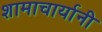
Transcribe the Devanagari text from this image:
शामाचार्यानी